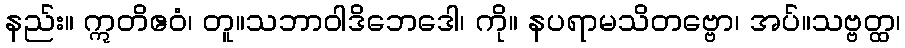
နည်း။ ဣတိဧဝံ၊ တူ။သဘာဝါဒိဘေဒေါ၊ ကို။ နပရာမသိတဗ္ဗော၊ အပ်။သဗ္ဗတ္ထ၊